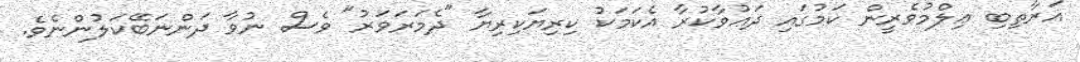
އަރާތިބި ޢިލްމުވެރީން ކަމުގައި ދަޢުވާކުރާ އެކަމަކު ކިރިޔަކިރިޔާ "ދެމަރަވަރު" ވެސް ނުވާ ދަންނަބޭކަލުންނެވެ.